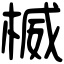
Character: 楲